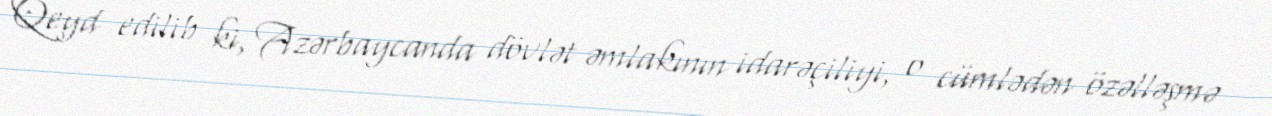
Qeyd edilib ki, Azərbaycanda dövlət əmlakının idarəçiliyi, o cümlədən özəlləşmə